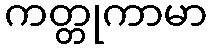
ကတ္တုကာမာ